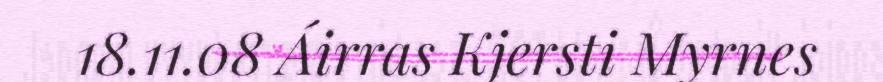
18.11.08 Áirras Kjersti Myrnes